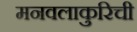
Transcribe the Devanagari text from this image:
मनवलाकुरिची